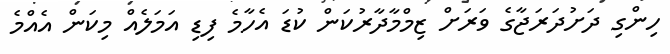
ހިންގި ދަށުދަރަޖާގެ ވަރަށް ޒިމްމާދާރުކަން ކުޑަ އެހާމެ ފިޑި އަމަލެއް މިކަން އެއްމެ